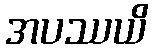
အပဿယိ